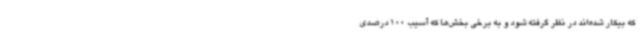
که بیکار شده‌اند در نظر گرفته شود و به برخی بخش‌ها که آسیب 100 درصدی